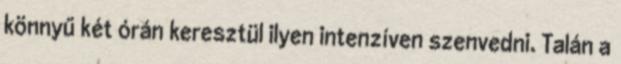
könnyű két órán keresztül ilyen intenzíven szenvedni. Talán a